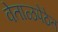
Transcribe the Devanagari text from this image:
वेताळपेठेत